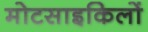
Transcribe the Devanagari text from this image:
मोटसाइकिलों